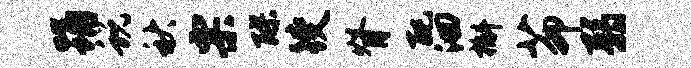
踊蜕秋票醪躞脊配洄槲茆弱